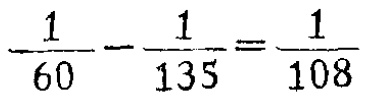
$\frac{1}{60}-\frac{1}{135}=\frac{1}{108}$